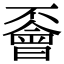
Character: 𠁞